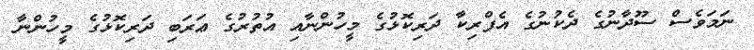
ނަމަވެސް ސޫދާނުގެ ދެކުނުގެ އެފްރިކާ ދަރިކޮޅުގެ މީހުންނާއި އުތުރުގެ ޢަރަބި ދަރިކޮޅުގެ މީހުންނާ